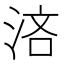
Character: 𣵰